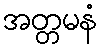
အတ္တမနံ